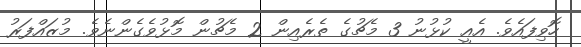
ހޮވިފައެވެ. އެއީ ކުޅުނު 3 މެޗުގެ ތެރެއިން 2 މެޗުން މޮޅުވެގެންނެވެ. މުޒައްފަރު